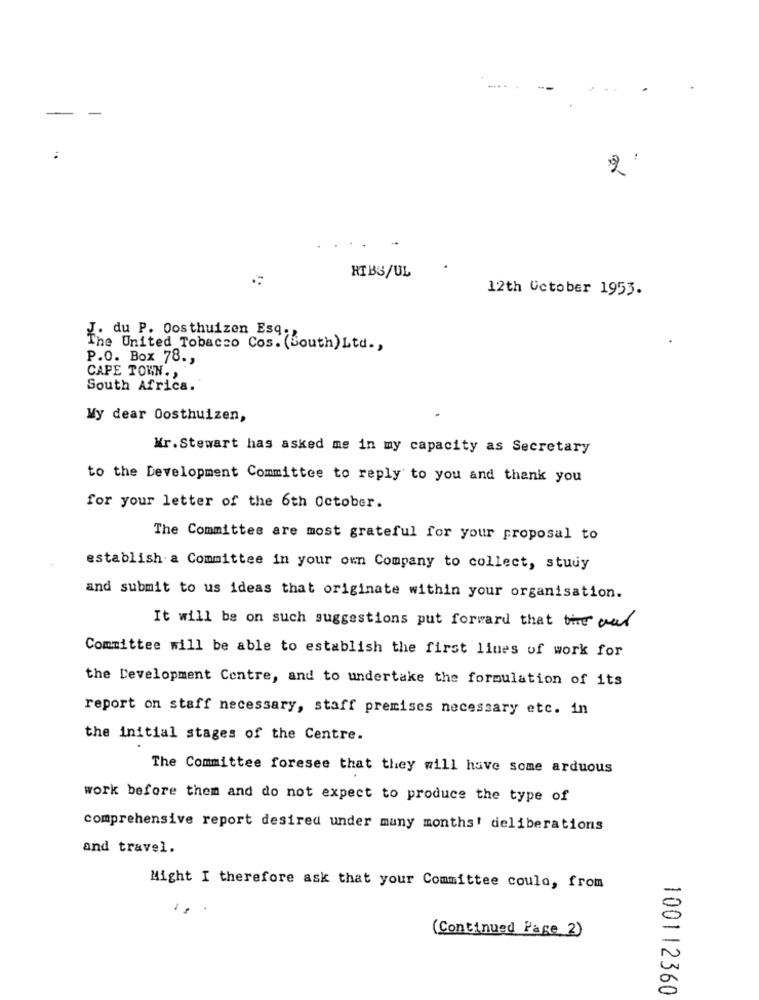
-
-
:
HTBS/UL
12th October 1953.
du P. Oosthuizen Esq .,
The United Tobacco Cos. (South)Ltd .,
P.O. Box 78 .,
CAPE TOWN. >
South Africa.
My dear Oosthuizen,
Mr.Stewart has asked me in my capacity as Secretary
to the Development Committee to reply to you and thank you
for your letter of the 6th October.
The Committee are most grateful for your proposal to
establish a Committee in your own Company to collect, study
and submit to us ideas that originate within your organisation.
It will be on such suggestions put forward that the out
Committee will be able to establish the first lines of work for
the Development Centre, and to undertake the formulation of its
report on staff necessary, staff premises necessary etc. in
the initial stages of the Centre.
The Committee foresee that they will have some arduous
work before them and do not expect to produce the type of
comprehensive report desired under many months' deliberations
and travel.
Might I therefore ask that your Committee could, from
(Continued Page 2)
100112360